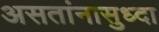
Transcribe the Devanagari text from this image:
असतांनासुध्दा